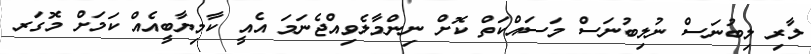
ލާރި ލިބުނަސް ނުލިބުނަސް މަސައްކަތް ކޮށް ނިންމާލެވިއްޖެނަމަ އެއީ ކާމިޔާބީއެއް ކަމަށް މޮގަރ